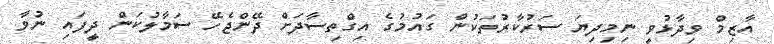
އާޒިމް ވިދާޅުވީ ނިމިދިޔަ ސަރުކާރުތަކުން ގައުމުގެ އިގްތިސާދަށް ދޭންޖެހޭ ސަމާލުކަން ދީފައި ނުވާ